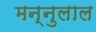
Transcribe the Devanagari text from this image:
मन्नुलाल